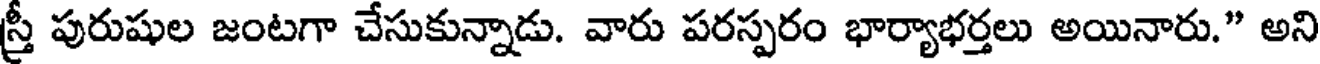
స్రీ పురుషుల జంటగా చేసుకున్నాడు. వారు పరస్పరం భార్యాభర్తలు అయినారు." అని